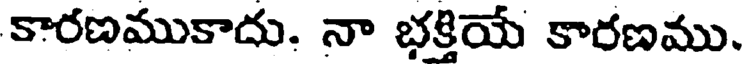
కారణముకాదు. నా భక్తియే కారణము.